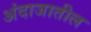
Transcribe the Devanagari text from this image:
अंदाजातील